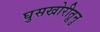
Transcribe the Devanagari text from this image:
घुसखोरीतूनु